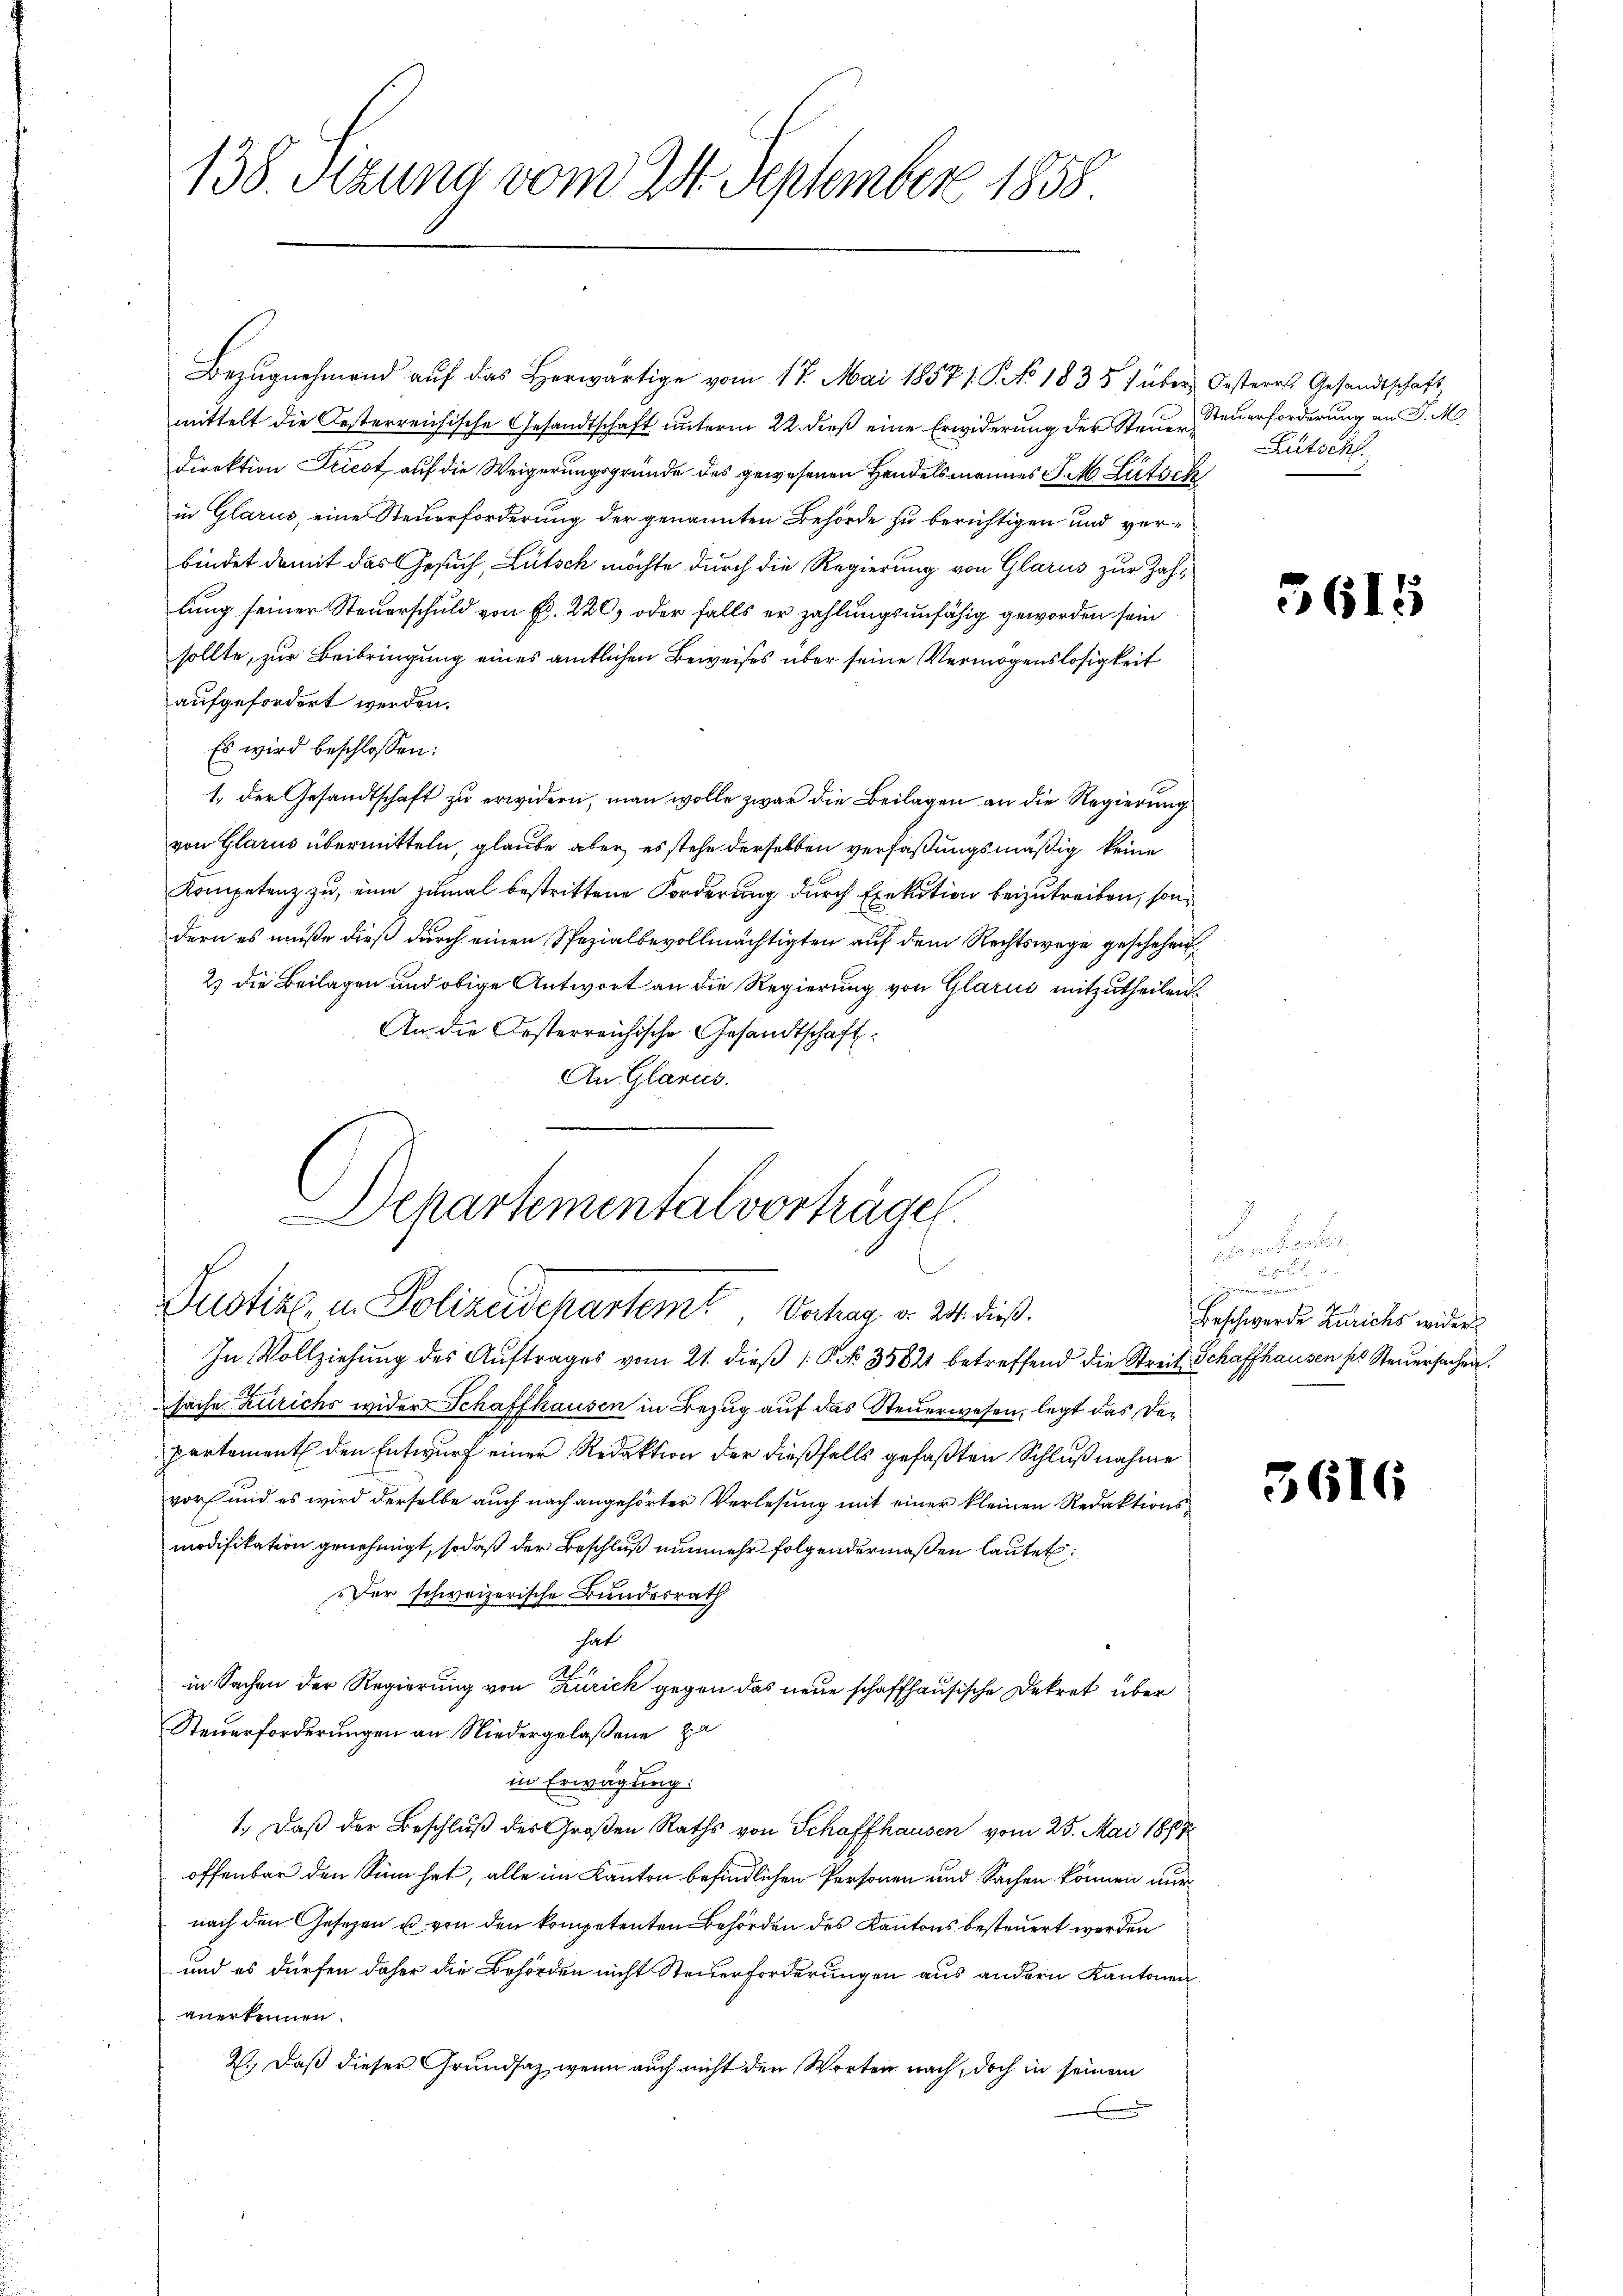
138. Sizung vom 24. September 1858

Bezugnehmend auf das Herwärtige vom 17. Mai 1857/. P. No. 1835 f über Oesteres Gesandtschaft
mittelt die Resterreichische Gesandtschaft unterm 22. dieß eine Erwiderung der Steuer Steuerforderung an P. M.
Direktion Friest auf die Weigerungsgründe des gewesenen Handelsmannes P. M. Lütsch
in Glarus, eine Steuerforderung der genannten Behörde zu berichtigen und verbindet damit das Gesuch, Lütsch möchte durch die Regierung von Glarus zur Zahlung seiner Steuerschuld von Fr. 220, oder falls er zahlungsunfähig geworden sein
sollte, zur Beibringung eines amtlichen Beweises über seine Vermögenslosigkeit
aufgefordert werden.
Es wird beschlossen:
1. der Gesandtschaft zu erwidern, man wolle zwar die Beilagen an die Regierung
von Glarus übermitteln, glaube aber, es stehe derselben verfaßungsmäßig keine
Kompetenz zu, eine zumal bestrittene Forderung durch Exekution beizutreiben, sondern es müße dieß durch einen Spezialbevollmächtigten auf dem Rechtswege geschehen
2) die Beilagen und obige Antwort an die Regierung von Glarus mitzutheilen.
An die Oesterreichische Gesandtschaft:
An Glarus.
Departementalverträge.

Justiz, in Polizeidepartem Vertrag v. 24. dieß.

In Vollziehung des Auftrages vom 21. dieß 1 S. 35821 betreffend die Streit Schaffhausen ses Steuersachen.
sache Zürichs wider Schaffhausen in Bezug auf das Steuerwesen, legt das Departement den Entwurf einer Redaktion der dießfalls gefaßten Schlußnahme
vor und es wird derselbe auch nach angehörter Verlesung mit einer kleinen Redaktionsmodifikation genehmigt, sodaß der Beschluß nunmehr folgendermaßen lautet:
Der schweizerische Bundesrath
hat
in Sachen der Regierung von Zürick gegen das neue schaffhausische Dekret über
Steuerforderungen an Niedergelassene pa
in Erwägung:
1.) Daß der Beschluß des Großen Raths von Schaffhausen vom 25. Mai 1857
offenbar den Sinn hat, alle im Kanton befindlichen Personen und Sachen können nur
nach den Gesezen u. von den kompetenten Behörden des Kantons besteuert werden
und es dürfen daher die Behörden nicht Steuerforderungen aus andern Kantonen
anerkennen.
2.) Daß dieser Grundsaz, wenn auch nicht den Worten nach, doch in seinem

Lütsch

3615

.
 aus der Fra
n
hineingen der
4
Beschwerde Zürichs wider

3616